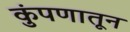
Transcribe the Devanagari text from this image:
कुंपणातून